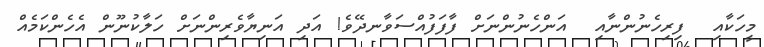
މީހަކާއި  ފިރިހެނުންނާއި  އަންހެނުންނަށް ފާފަފުއްސަވާނދޭވެ! އަދި އަނިޔާވެރިންނަށް ހަލާކުނޫން އެހެންކަމެއް